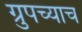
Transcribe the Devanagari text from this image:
ग्रुपच्याच